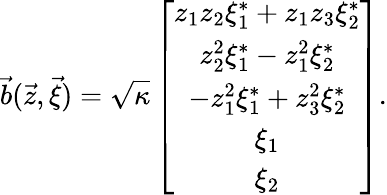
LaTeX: \vec{b}(\vec{z},\vec{\xi})=\sqrt{\kappa}\left[\begin{array}{c}{z_{1}z_{2}\xi_{1}^{*}+z_{1}z_{3}\xi_{2}^{*}}\\ {z_{2}^{2}\xi_{1}^{*}-z_{1}^{2}\xi_{2}^{*}}\\ {-z_{1}^{2}\xi_{1}^{*}+z_{3}^{2}\xi_{2}^{*}}\\ {\xi_{1}}\\ {\xi_{2}}\end{array}\right].